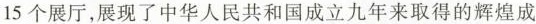
15个展厅，展现了中华人民共和国成立九年来取得的辉煌成